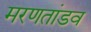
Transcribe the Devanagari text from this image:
मरणतांडव